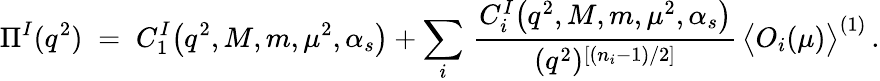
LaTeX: \Pi^{I}(q^{2})\; =\; C_{1}^{I}\big(q^{2},M,m,\mu^{2},\alpha_{s}\big)+\sum_{i}\, \frac{C_{i}^{I}\big(q^{2},M,m,\mu^{2},\alpha_{s}\big)}{(q^{2})^{[(n_{i}-1)/2]}}\, \big<O_{i}(\mu)\big>^{(1)}\, .